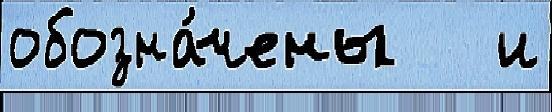
обозна́чены   и